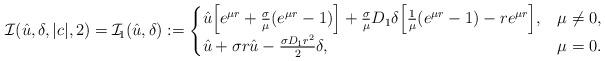
LaTeX: \begin{align*} \mathcal{I}(\hat u,\delta,|c|,2)=\mathcal{I}_{\!1}(\hat u,\delta):=\begin{cases}\hat u\Bigl[ e^{\mu r} + \frac{\sigma}{\mu}(e^{\mu r}- 1) \Bigr]+ \frac{\sigma}{\mu}D_1\delta\Bigl[\frac{1}{\mu}(e^{\mu r}- 1) - r e^{\mu r} \Bigr], & \mu\ne0,\\\hat u +\sigma r\hat u -\frac{\sigma D_1 r^2}{2}\delta, & \mu=0.\end{cases}\end{align*}